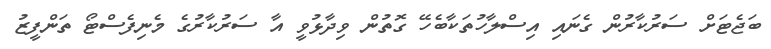
ބަޖެޓަށް ސަރުކާރުން ގެނައި އިސްލާހުތަކާބެހޭ ގޮތުން ވިދާޅުވީ އާ ސަރުކާރުގެ މެނިފެސްޓޯ ތަންފީޒު